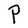
Character: P